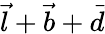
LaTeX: \vec{l}+\vec{b}+\vec{d}